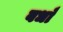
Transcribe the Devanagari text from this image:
बधाँ